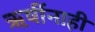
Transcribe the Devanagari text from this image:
ऋषींनाही